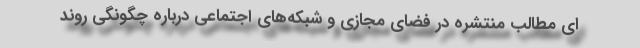
ای مطالب منتشره در فضای مجازی و شبکه‌های اجتماعی درباره چگونگی روند